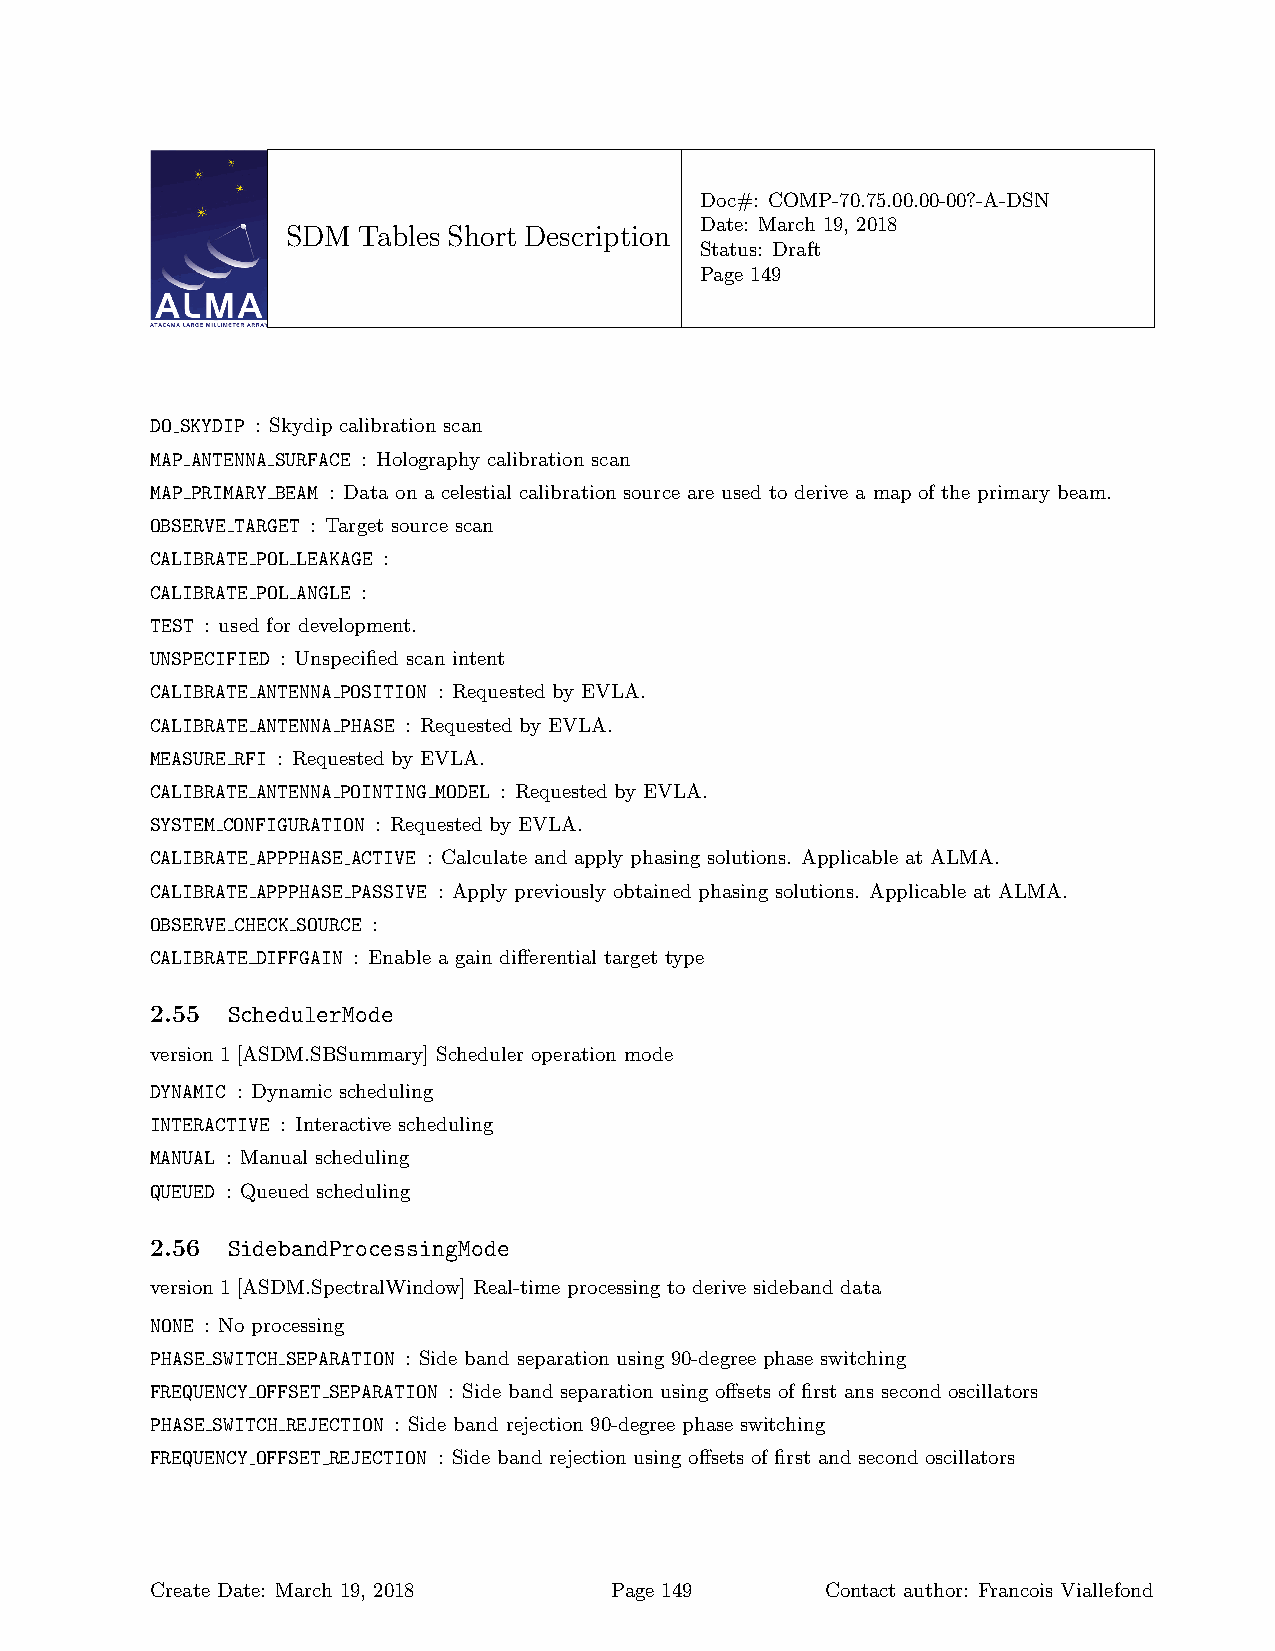
Doc#: COMP-70.75.00.00-00?-A-DSN
 Date: March 19, 2018
 SDM  Tables Short Description
 Status: Draft
 Page 149
 DO SKYDIP : Skydip calibration scan
 MAP ANTENNA SURFACE : Holography calibration scan
 MAP PRIMARY BEAM : Data on a celestial calibration source are used to derive a map of the primary beam.
 OBSERVE TARGET : Target source scan
 CALIBRATE POL LEAKAGE :
 CALIBRATE POL ANGLE :
 TEST : used for development.
 UNSPECIFIED : Unspecified scan intent
 CALIBRATE ANTENNA POSITION : Requested by EVLA.
 CALIBRATE ANTENNA PHASE : Requested by EVLA.
 MEASURE RFI : Requested by EVLA.
 CALIBRATE ANTENNA POINTING MODEL : Requested by EVLA.
 SYSTEM CONFIGURATION : Requested by EVLA.
 CALIBRATE APPPHASE ACTIVE : Calculate and apply phasing solutions. Applicable at ALMA.
 CALIBRATE APPPHASE PASSIVE : Apply previously obtained phasing solutions. Applicable at ALMA.
 OBSERVE CHECK SOURCE :
 CALIBRATE DIFFGAIN : Enable a gain differential target type
 2.55 SchedulerMode
 version 1 [ASDM.SBSummary] Scheduler operation mode
 DYNAMIC : Dynamic scheduling
 INTERACTIVE : Interactive scheduling
 MANUAL : Manual scheduling
 QUEUED : Queued scheduling
 2.56 SidebandProcessingMode
 version 1 [ASDM.SpectralWindow] Real-time processing to derive sideband data
 NONE : No processing
 PHASE SWITCH SEPARATION : Side band separation using 90-degree phase switching
 FREQUENCY OFFSET SEPARATION : Side band separation using offsets of first ans second oscillators
 PHASE SWITCH REJECTION : Side band rejection 90-degree phase switching
 FREQUENCY OFFSET REJECTION : Side band rejection using offsets of first and second oscillators
 Create Date: March 19, 2018   Page 149       Contact author: Francois Viallefond